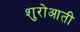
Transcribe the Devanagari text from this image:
शुरोआती